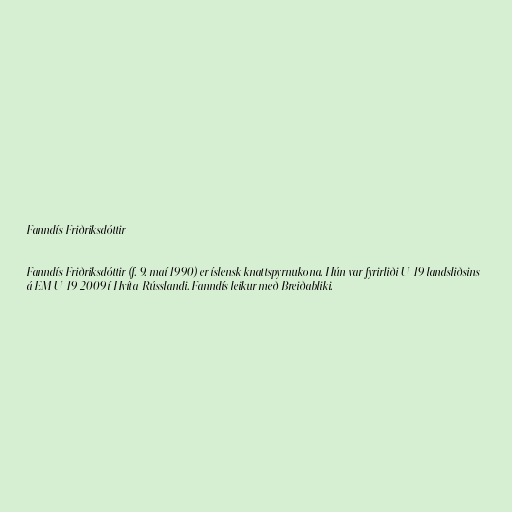
Fanndís Friðriksdóttir

Fanndís Friðriksdóttir (f. 9. maí 1990) er íslensk knattspyrnukona. Hún var fyrirliði U-19 landsliðsins
á EM U-19 2009 í Hvíta-Rússlandi. Fanndís leikur með Breiðabliki.